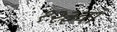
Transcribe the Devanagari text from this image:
१२३वॉ